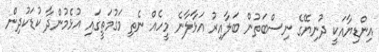
އިންޑިޔާއަކީ ދުނިޔޭގެ ނިސްބަތުން ބަލާއިރު އަޅާލާނެ މީހެއް ނެތި މަގުމަތީގައި އުޅެމުންދާ ކުޑަކުދިން